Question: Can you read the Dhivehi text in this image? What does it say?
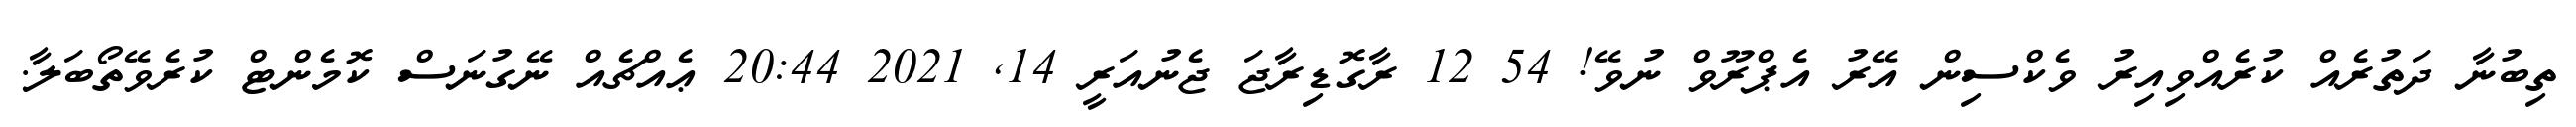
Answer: ތިބުނާ ދަތުރެއް ކުރެއްވިއިރު ވެކްސިން އޭރު އެޕްރޫވް ނުވޭ! 54 12 ރާގޮޑިރާޖަ ޖެނުއަރީ 14, 2021 20:44 ޢެއްޗެއް ނޭގުނަސް ކޮމެންޓް ކުރެވޭތޯބަލާ.